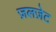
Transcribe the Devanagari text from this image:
ज़लज़ेट